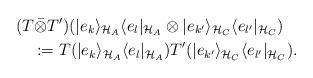
LaTeX: \begin{align*}&(T \bar{\otimes} T')(|e_k\rangle_{\mathcal{H}_A}\langle e_l|_{\mathcal{H}_A}\otimes|e_{k'}\rangle_{\mathcal{H}_C}\langle e_{l'}|_{\mathcal{H}_C})\\&\quad:=T(|e_k\rangle_{\mathcal{H}_A}\langle e_l|_{\mathcal{H}_A})T'(|e_{k'}\rangle_{\mathcal{H}_C}\langle e_{l'}|_{\mathcal{H}_C}).\end{align*}